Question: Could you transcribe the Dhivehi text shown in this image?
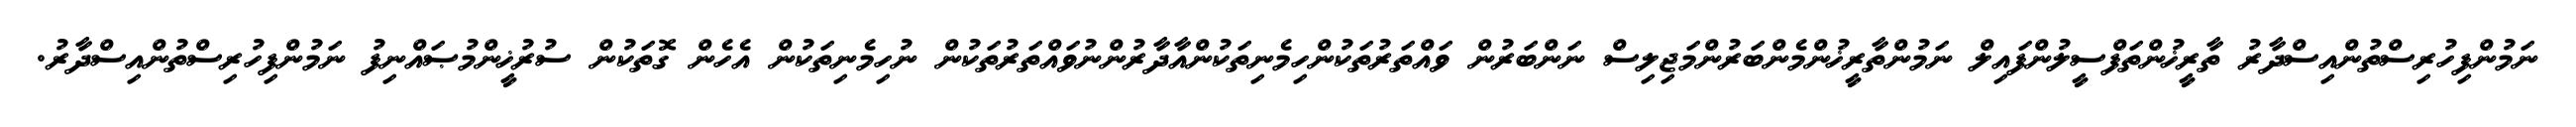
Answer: ނަމުންފިހުރިސްތުންއިސްދާރު ތާރީޚުންތަފްސީލުންފައިލް ނަމުންތާރީޚުންމެންބަރުންމަޖިލިސް ނަންބަރުން ވައްތަރުތަކުންހިމެނިތަކުންއާދާރުންނުވައްތަރުތަކުން ނުހިމެނިތަކުން އެހެން ގޮތަކުން ސުރުޚީންމުޞައްނިފު ނަމުންފިހުރިސްތުންއިސްދާރު.